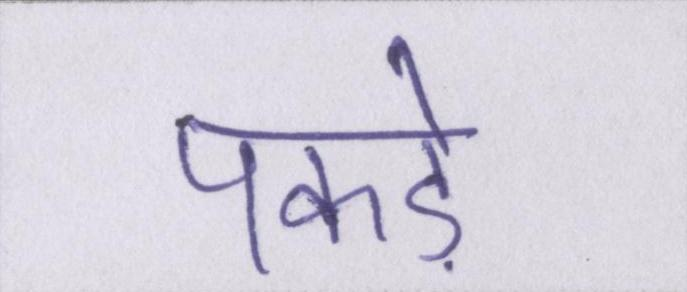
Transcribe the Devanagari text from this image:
पकड़े